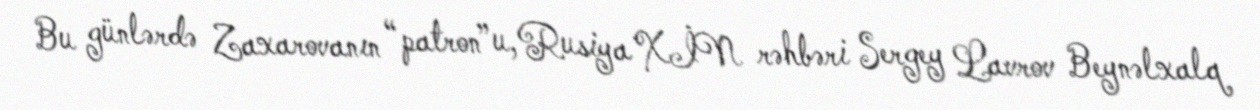
Bu günlərdə Zaxarovanın “patron”u, Rusiya XİN rəhbəri Sergey Lavrov Beynəlxalq